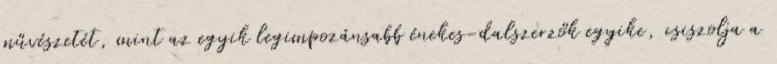
művészetét, mint az egyik legimpozánsabb énekes-dalszerzők egyike, csiszolja a